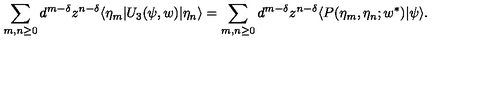
\sum _ { m , n \geq 0 } d ^ { m - \delta } z ^ { n - \delta } \langle \eta _ { m } | U _ { 3 } ( \psi , w ) | \eta _ { n } \rangle = \sum _ { m , n \geq 0 } d ^ { m - \delta } z ^ { n - \delta } \langle P ( \eta _ { m } , \eta _ { n } ; w ^ { \ast } ) | \psi \rangle .